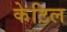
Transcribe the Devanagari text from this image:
केटिल